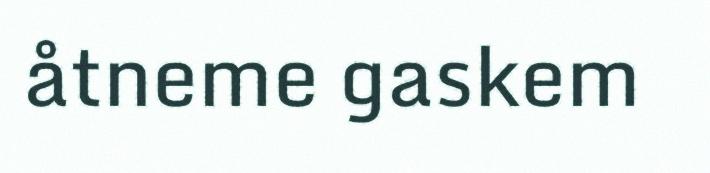
åtneme gaskem